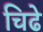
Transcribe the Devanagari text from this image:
चिढे